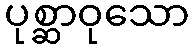
ပုစ္ဆာဝုသော